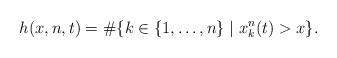
LaTeX: \begin{align*}h(x,n,t)=\#\{k\in\{1,\dots,n\}\mid x_k^n(t)>x\}.\end{align*}